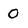
Character: 0